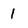
Character: 1